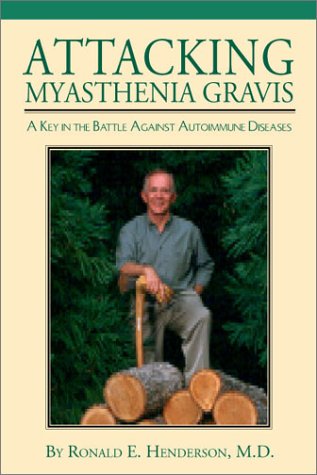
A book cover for Attacking Myasthenia Gravis; Dr. Ronald E. Henderson; Medical Books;